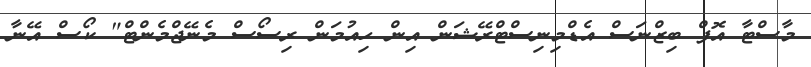
މާސްޓާ އޮފް ބިޒްނަސް އެޑްމިނިސްޓްރޭޝަން އިން ހިއުމަން ރިސޯސް މެނޭޖްމެންޓް" ކޯސް އޭނާ